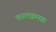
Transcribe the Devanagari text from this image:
कालक्रमक